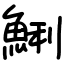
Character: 鯏